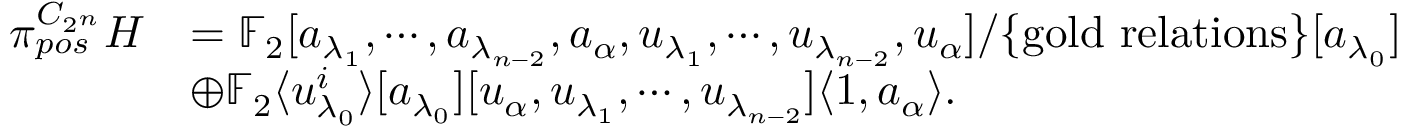
\begin{array} { r l } { \pi _ { p o s } ^ { C _ { 2 ^ { n } } } H } & { = \mathbb { F } _ { 2 } [ a _ { \lambda _ { 1 } } , \cdots , a _ { \lambda _ { n - 2 } } , a _ { \alpha } , u _ { \lambda _ { 1 } } , \cdots , u _ { \lambda _ { n - 2 } } , u _ { \alpha } ] / \{ \mathrm { g o l d ~ r e l a t i o n s } \} [ a _ { \lambda _ { 0 } } ] } \\ & { \oplus \mathbb { F } _ { 2 } \langle u _ { \lambda _ { 0 } } ^ { i } \rangle [ a _ { \lambda _ { 0 } } ] [ u _ { \alpha } , u _ { \lambda _ { 1 } } , \cdots , u _ { \lambda _ { n - 2 } } ] \langle 1 , a _ { \alpha } \rangle . } \end{array}